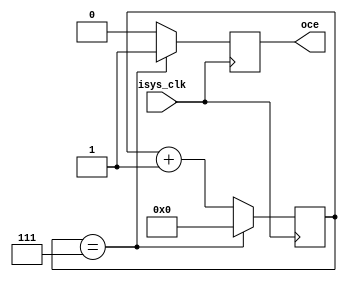
`timescale 1ns / 1ps
//////////////////////////////////////////////////////////////////////////////////
// Company: 
// Engineer: 
// 
// Design Name: 
// Module Name: clk_div
// Project Name: 
// Target Devices: 
// Tool Versions: 
// Description: 
// 
// Dependencies: 
// 
// Revision:
// Revision 0.01 - File Created
// Additional Comments:
// 
//////////////////////////////////////////////////////////////////////////////////


module clk_div(
    input isys_clk,
    output oce
    );
    
    
    reg [3 : 0] cnt;
    reg ce;
    
    initial begin
    	cnt <= 0;
    	ce <= 0;
    end
    
    always @(posedge isys_clk)
    begin
    	if (cnt == 7) begin
    		ce <= 1'b1;
    	end else begin
    		ce <= 1'b0;
    	end
    	
    	if (cnt == 7) begin
    		cnt <= 0;
    	end else begin
    		cnt <= cnt + 1'b1;
    	end 
    end
    
    assign oce = ce;
    
endmodule